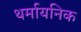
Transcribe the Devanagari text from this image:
थर्मायनिक